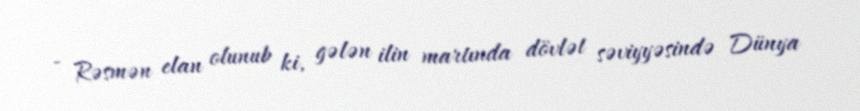
- Rəsmən elan olunub ki, gələn ilin martında dövlət səviyyəsində Dünya